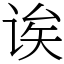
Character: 诶